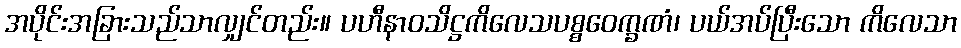
အပိုင်းအခြားသည်သာလျှင်တည်း။ ပဟီနာဝသိဋ္ဌကိလေသပစ္စဝေက္ခဏံ၊ ပယ်အပ်ပြီးသော ကိလေသာ